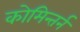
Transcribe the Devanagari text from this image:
कोमिन्तर्न